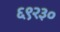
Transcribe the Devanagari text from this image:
६९२३०